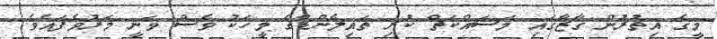
މީގެ އިތުރުން ގާޒާގައި މަސައްކަތް ކުރި ތައިލެންޑްގެ މީހަކު ވެސް ވަނީ މަރުވެފައެވެ.